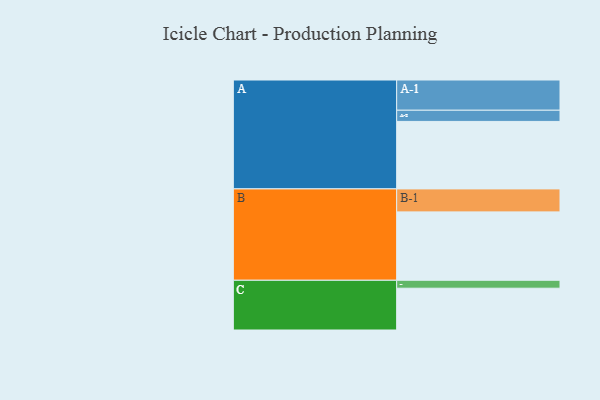
{"axis": {"x": "Segment", "y": "Value"}, "legend": ["", "A", "B", "C"], "data": [{"x": "A", "y": 578, "type": ""}, {"x": "B", "y": 586, "type": ""}, {"x": "C", "y": 358, "type": ""}, {"x": "A-1", "y": 259, "type": "A"}, {"x": "A-2", "y": 96, "type": "A"}, {"x": "B-1", "y": 197, "type": "B"}, {"x": "C-1", "y": 68, "type": "C"}]}